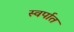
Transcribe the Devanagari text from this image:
स्वर्पात